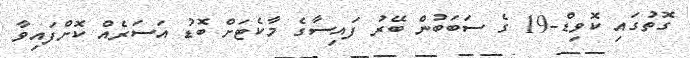
ގޮތުގައި ކޮވިޑް-19 ގެ ސަބަބުން ބޭރު ފައިސާގެ މާކެޓަށް ބޮޑު އަސަރެއް ކޮށްފައިވާ